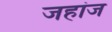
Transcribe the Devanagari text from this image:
जहांज